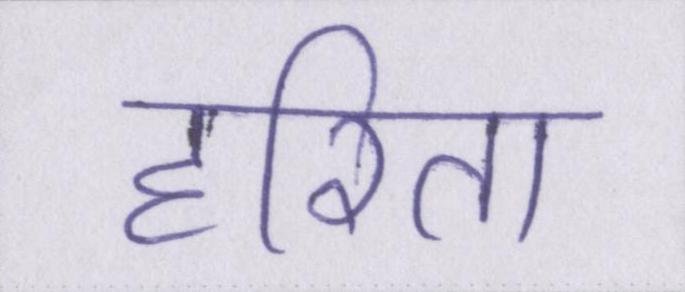
हरिता